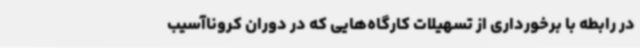
در رابطه با برخورداری از تسهیلات کارگاه‌هایی که در دوران کروناآسیب